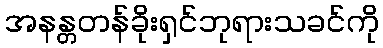
အနန္တတန်ခိုးရှင်ဘုရားသခင်ကို